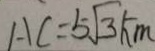
A C = 5 \sqrt { 3 } k m